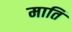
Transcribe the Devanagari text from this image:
माति